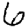
Digit: 6